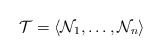
\begin{align*} \mathcal{T}=\langle \mathcal{N}_1,\ldots,\mathcal{N}_n \rangle \end{align*}